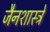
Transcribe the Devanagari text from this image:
जैनशास्त्रे